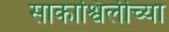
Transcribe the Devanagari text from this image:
साकाश्विलीच्या